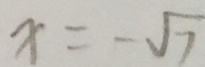
x = - \sqrt { 7 }